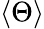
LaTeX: \left<\Theta\right>